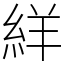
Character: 絴